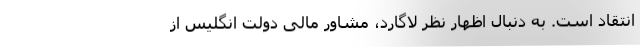
انتقاد است. به دنبال اظهار نظر لاگارد، مشاور مالی دولت انگلیس از